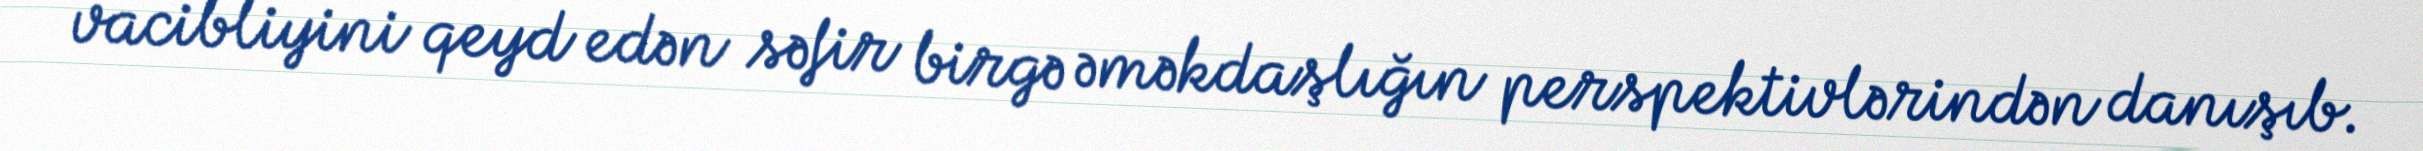
vacibliyini qeyd edən səfir birgə əməkdaşlığın perspektivlərindən danışıb.